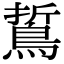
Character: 𪁊